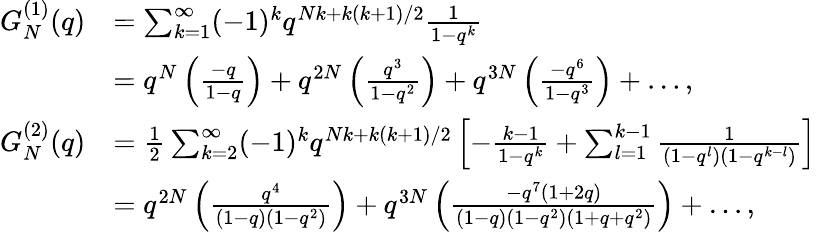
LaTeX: \begin{array}{rl}{G_{N}^{(1)}(q)}&{=\sum_{k=1}^{\infty}(-1)^{k}q^{Nk+k(k+1)/2}\frac{1}{1-q^{k}}}\\ &{=q^{N}\left(\frac{-q}{1-q}\right)+q^{2N}\left(\frac{q^{3}}{1-q^{2}}\right)+q^{3N}\left(\frac{-q^{6}}{1-q^{3}}\right)+\dots,}\\ {G_{N}^{(2)}(q)}&{=\frac{1}{2}\sum_{k=2}^{\infty}(-1)^{k}q^{Nk+k(k+1)/2}\left[-\frac{k-1}{1-q^{k}}+\sum_{l=1}^{k-1}\frac{1}{\left(1-q^{l}\right)\left(1-q^{k-l}\right)}\right]}\\ &{=q^{2N}\left(\frac{q^{4}}{(1-q)\left(1-q^{2}\right)}\right)+q^{3N}\left(\frac{-q^{7}\left(1+2q\right)}{\left(1-q\right)\left(1-q^{2}\right)\left(1+q+q^{2}\right)}\right)+\dots,}\end{array}